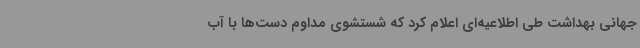
جهانی بهداشت طی اطلاعیه‌ای اعلام کرد که شستشوی مداوم دست‌ها با آب